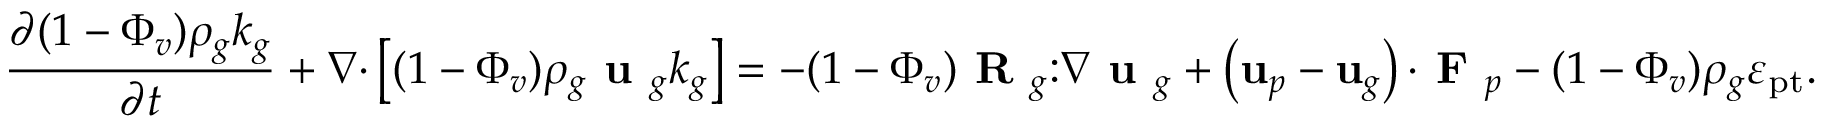
\frac { \partial ( 1 - \Phi _ { v } ) \rho _ { g } k _ { g } } { \partial t } + \nabla \mathbf { \cdot } \left[ ( 1 - \Phi _ { v } ) \rho _ { g } \textbf { u } _ { g } k _ { g } \right] = - ( 1 - \Phi _ { v } ) \textbf { R } _ { g } \mathbf { : } \nabla \textbf { u } _ { g } + \left( \mathbf { u } _ { p } - \mathbf { u } _ { g } \right) \mathbf { \cdot } \textbf { F } _ { p } - ( 1 - \Phi _ { v } ) \rho _ { g } \varepsilon _ { \mathrm { p t } } .